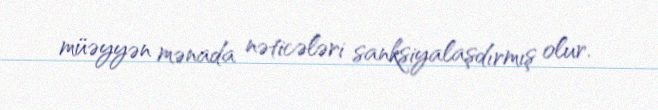
müəyyən mənada nəticələri sanksiyalaşdırmış olur.